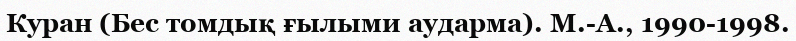
Куран (Бес томдық ғылыми аударма). М.-А., 1990-1998.